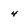
Character: 4